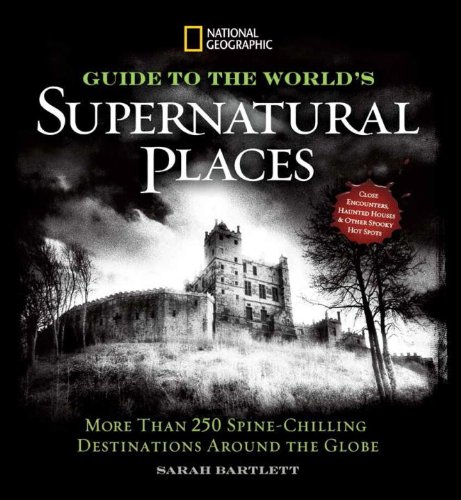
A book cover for National Geographic Guide to the World's Supernatural Places: More Than 250 Spine-Chilling Destinations Around the Globe; Sarah Bartlett; Humor & Entertainment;